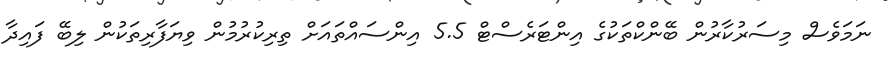
ނަމަވެސް މިސަރުކާރުން ބޭންކްތަކުގެ އިންޓަރެސްޓް 5.5 އިންސައްތައަށް ތިރިކުރުމުން ވިޔަފާރިތަކުން ލިބޭ ފައިދާ